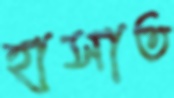
হাসাত